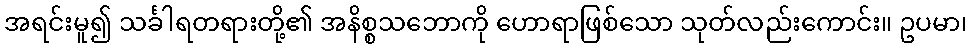
အရင်းမူ၍ သင်္ခါရတရားတို့၏ အနိစ္စသဘောကို ဟောရာဖြစ်သော သုတ်လည်းကောင်း။ ဥပမာ၊